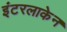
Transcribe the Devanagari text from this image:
इंटरलाकेन